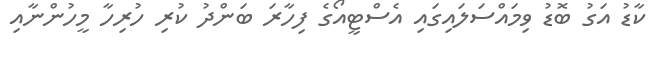
ކާޑު އަގު ބޮޑު ވިމައްސަލައިގައި އެސްޓީއޯގެ ފިހާރަ ބަންދު ކުރި ހުރިހާ މީހުންނާއި